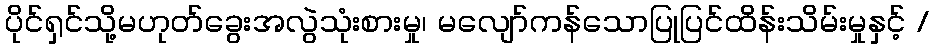
ပိုင်ရှင်သို့မဟုတ်ခွေးအလွဲသုံးစားမှု၊ မလျော်ကန်သောပြုပြင်ထိန်းသိမ်းမှုနှင့် /